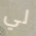
لي